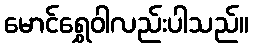
မောင်ရွှေဝါလည်းပါသည်။